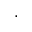
,